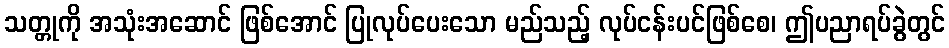
သတ္တုကို အသုံးအဆောင် ဖြစ်အောင် ပြုလုပ်ပေးသော မည်သည့် လုပ်ငန်းပင်ဖြစ်စေ၊ ဤပညာရပ်ခွဲတွင်